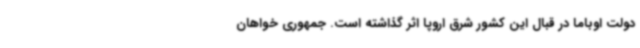
دولت اوباما در قبال این کشور شرق اروپا اثر گذاشته است. جمهوری خواهان